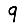
Digit: 9